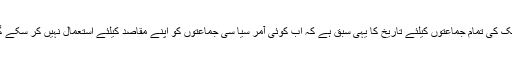
ملک کی تمام جماعتوں کیلئے تاریخ کا یہی سبق ہے کہ اب کوئی آمر سیا سی جماعتوں کو اپنے مقاصد کیلئے استعمال نہیں کر سکے گا۔